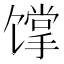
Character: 𩠏